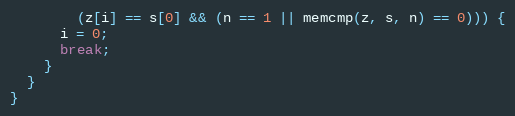
Language: C
        (z[i] == s[0] && (n == 1 || memcmp(z, s, n) == 0))) {
      i = 0;
      break;
    }
  }
}